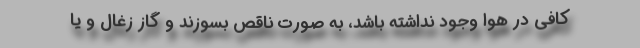
کافی در هوا وجود نداشته باشد، به صورت ناقص بسوزند و گاز زغال و یا